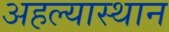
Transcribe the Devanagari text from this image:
अहल्यास्थान